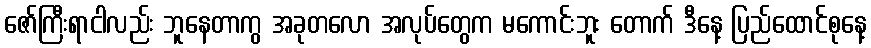
ဇော်ကြီးရာငါလည်း ဘူနေတာကွ အခုတလော အလုပ်တွေက မကောင်းဘူး တောက် ဒီနေ့ ပြည်ထောင်စုနေ့